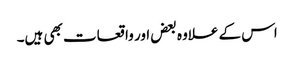
اس کے علاوہ بعض اور واقعات بھی ہیں۔